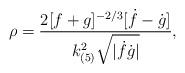
LaTeX: \begin{align*}\rho=\frac{2[f+g]^{-2/3}[\dot{f}-\dot{g}]}{k^2_{(5)}\sqrt{|\dot{f}\dot{g}|}},\end{align*}